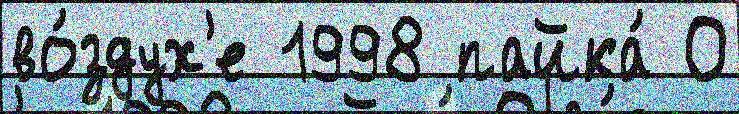
во́здух'е 1998 пайка́ О